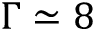
\Gamma \simeq 8